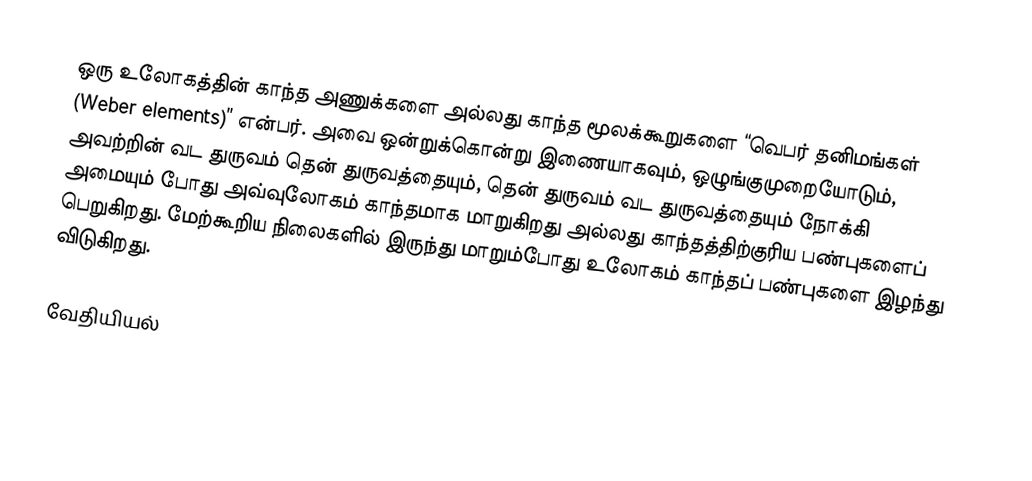
ஒரு உலோகத்தின் காந்த அணுக்களை அல்லது காந்த மூலக்கூறுகளை “வெபர் தனிமங்கள் (Weber elements)” என்பர். அவை ஒன்றுக்கொன்று இணையாகவும், ஒழுங்குமுறையோடும், அவற்றின் வட துருவம் தென் துருவத்தையும், தென் துருவம் வட துருவத்தையும் நோக்கி அமையும் போது அவ்வுலோகம் காந்தமாக மாறுகிறது அல்லது காந்தத்திற்குரிய பண்புகளைப் பெறுகிறது. மேற்கூறிய நிலைகளில் இருந்து மாறும்போது உலோகம் காந்தப் பண்புகளை இழந்து விடுகிறது.

வேதியியல்